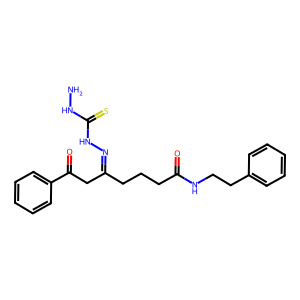
SMILES: NNC(=S)NN=C(CCCC(=O)NCCc1ccccc1)CC(=O)c1ccccc1
Inhibits HIV replication: No